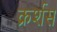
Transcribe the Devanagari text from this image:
क्रर्शस